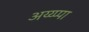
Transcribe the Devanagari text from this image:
अय्य्प्पा